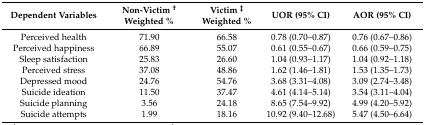
<table><thead><tr><td><b>Dependent Variables</b></td><td><b>Non-Victim <sup>†</sup> Weighted %</b></td><td><b>Victim <sup>‡</sup> Weighted %</b></td><td><b>UOR (95% CI)</b></td><td><b>AOR (95% CI)</b></td></tr></thead><tbody><tr><td>Perceived health</td><td>71.90</td><td>66.58</td><td>0.78 (0.70–0.87)</td><td>0.76 (0.67–0.86)</td></tr><tr><td>Perceived happiness</td><td>66.89</td><td>55.07</td><td>0.61 (0.55–0.67)</td><td>0.66 (0.59–0.75)</td></tr><tr><td>Sleep satisfaction</td><td>25.83</td><td>26.60</td><td>1.04 (0.93–1.17)</td><td>1.04 (0.92–1.18)</td></tr><tr><td>Perceived stress</td><td>37.08</td><td>48.86</td><td>1.62 (1.46–1.81)</td><td>1.53 (1.35–1.73)</td></tr><tr><td>Depressed mood</td><td>24.76</td><td>54.76</td><td>3.68 (3.31–4.08)</td><td>3.09 (2.74–3.48)</td></tr><tr><td>Suicide ideation</td><td>11.50</td><td>37.47</td><td>4.61 (4.14–5.14)</td><td>3.54 (3.11–4.04)</td></tr><tr><td>Suicide planning</td><td>3.56</td><td>24.18</td><td>8.65 (7.54–9.92)</td><td>4.99 (4.20–5.92)</td></tr><tr><td>Suicide attempts</td><td>1.99</td><td>18.16</td><td>10.92 (9.40–12.68)</td><td>5.47 (4.50–6.64)</td></tr></tbody></table>